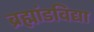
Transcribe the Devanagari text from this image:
ब्रह्मांडविद्या